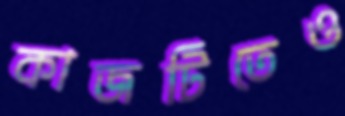
কাজটিতেও